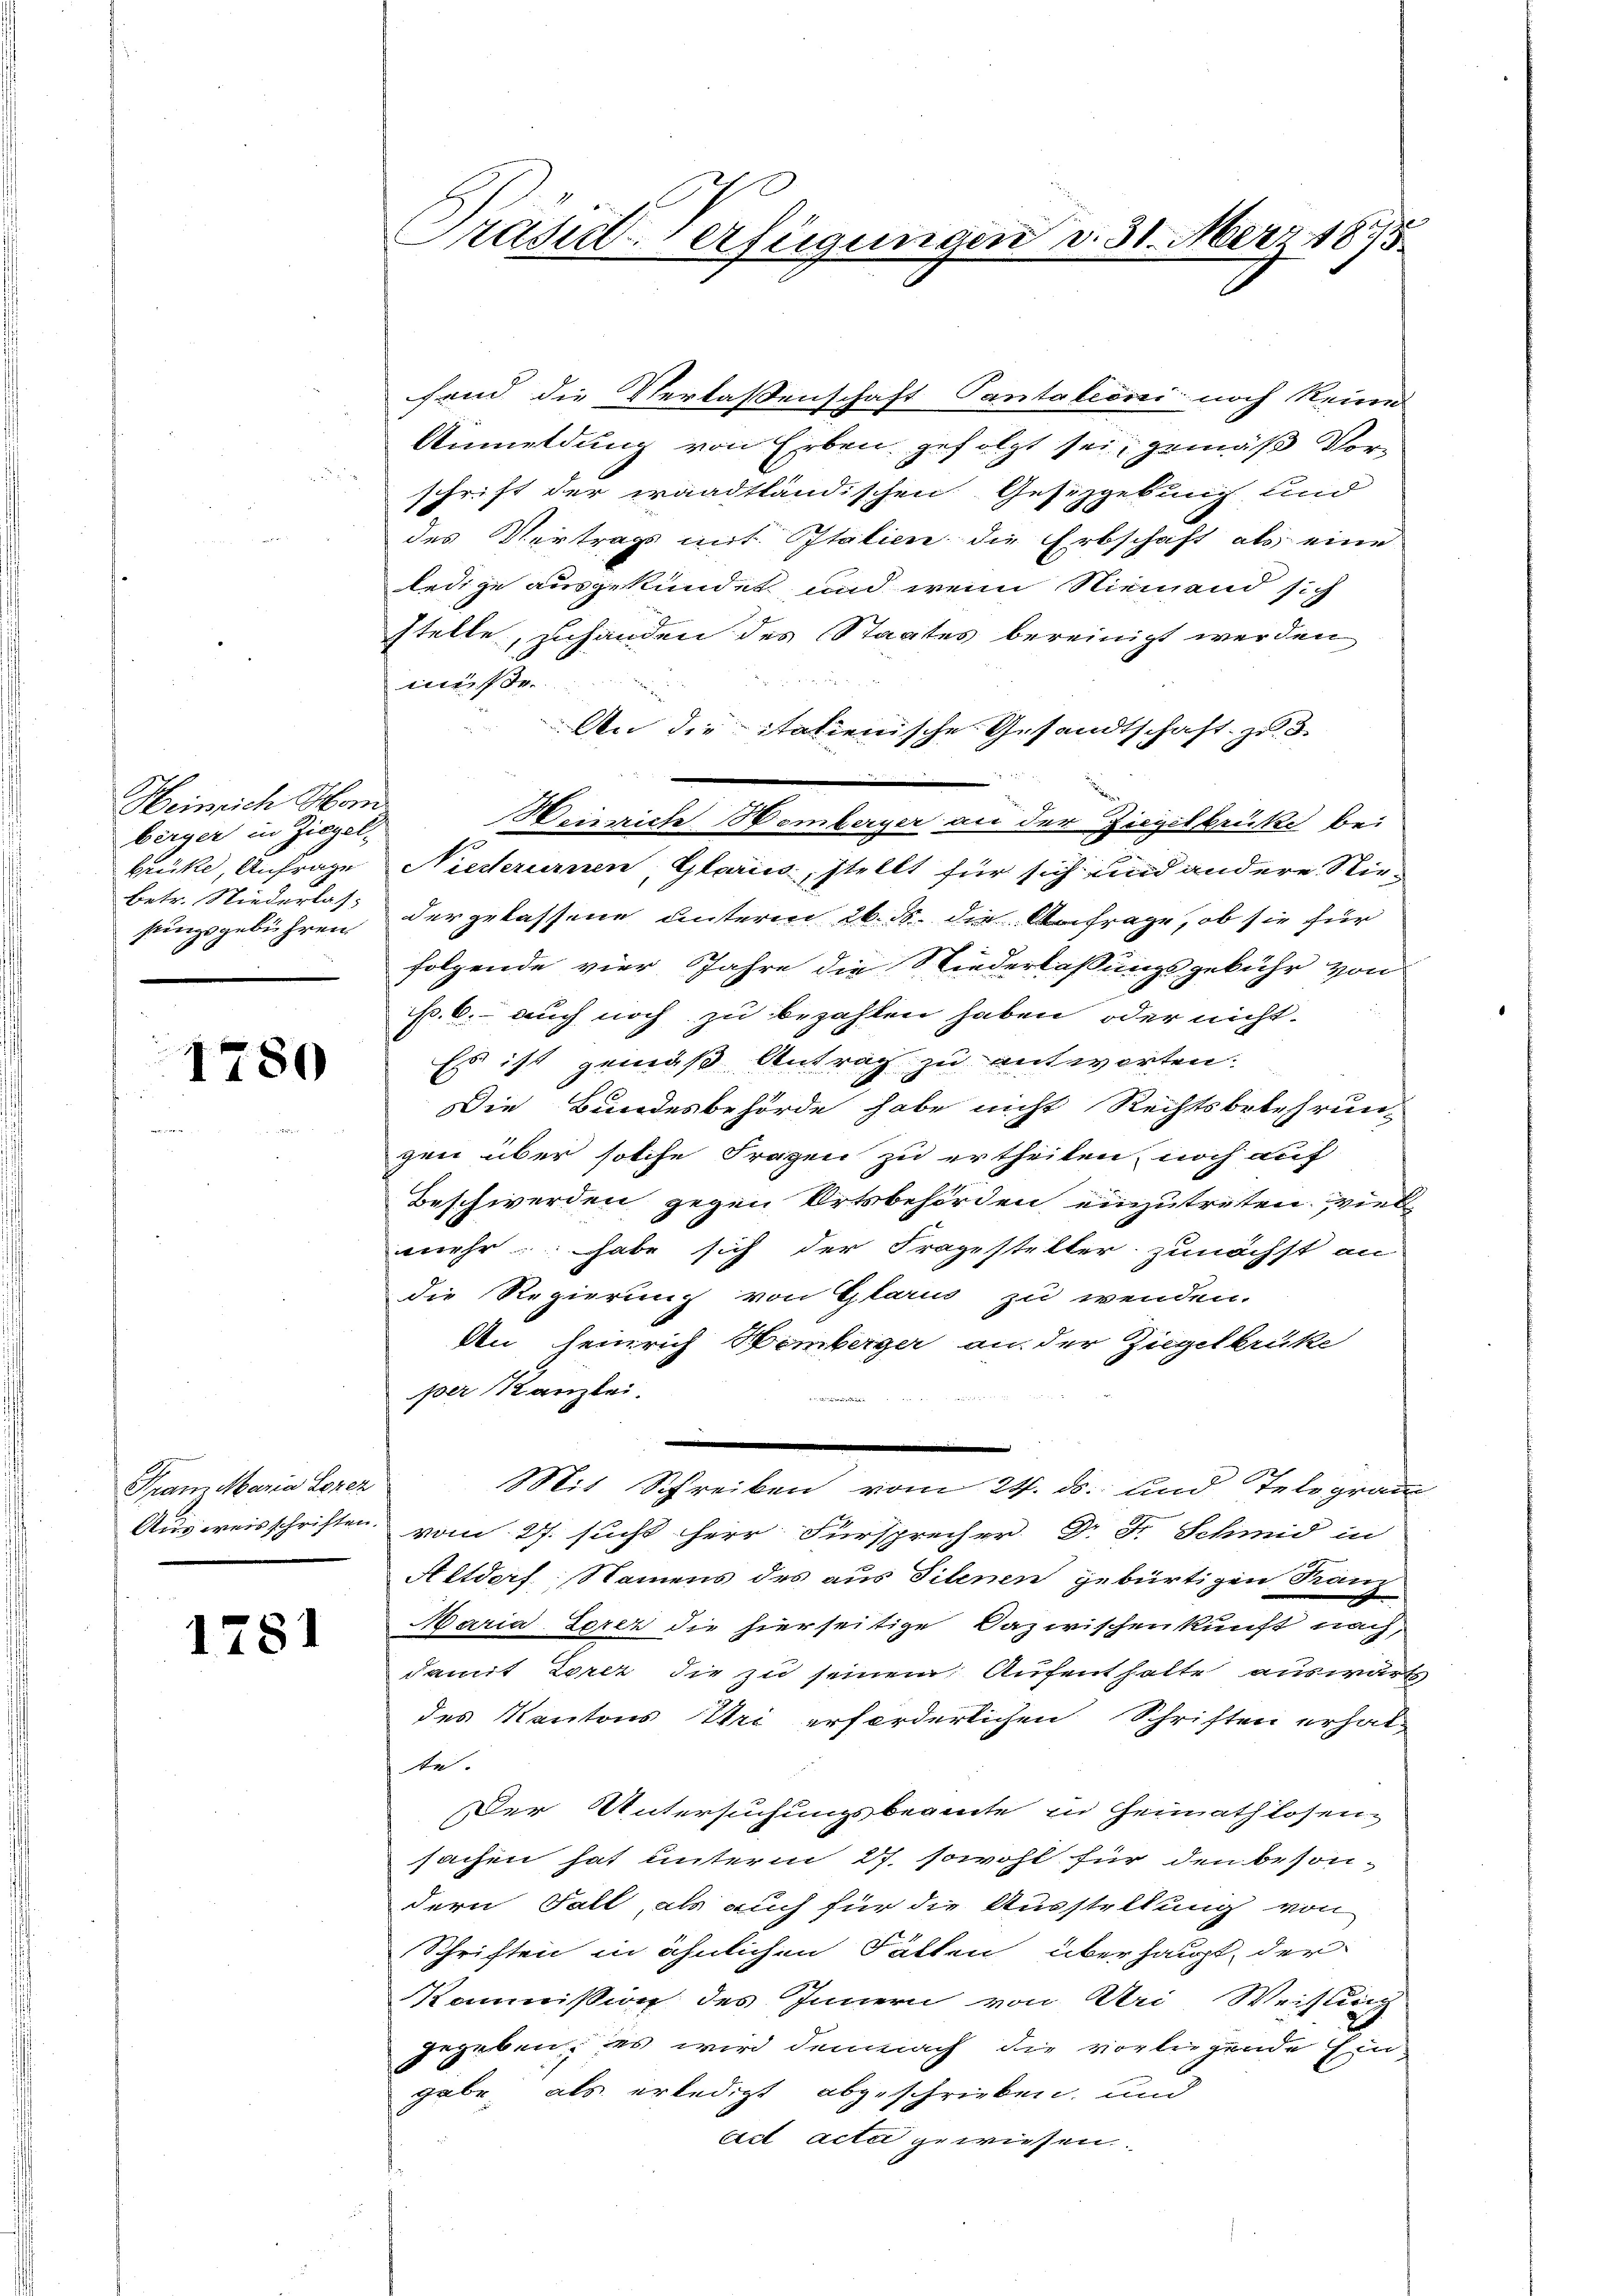
Heinrich Horn
berger in Ziegel,
betr. Niederlas¬

1780

Grandkaria Lozez

1781

fend die Verlassenschaft Pantalesii noch keine
Anmeldung von Erben gefolgt sei, gemäß Vorschrift der waadtländischen Gesetzgebung und
des Vertrags mit Italien die Erbschaft als eine
ledige ausgekündet, und wenn Niemand sich
stelle, zuhanden des Staates bereinigt werden
mfr.
An die italienische Gesandtschaft zu 3.

Wenriche Hemberger an der Ziegelbrücke bei
brücke, Anfrage Niederurnen, Glaruss, stellt für sich und andere Niesungsgebühren der gelassene unterm 26. ds. die Anfrage, ob sie für
folgende vier Jahre die Niederlaßungsgebühr von
s. 6. auch noch zu bezahlen haben, oder nicht.
Es ist gemäß Antrag zu antworten.
Die Bundesbehörde habe nicht Rechtsbekehrun-
gen über solche Fragen zu ertheilen, noch auf
Beschwerden gegen Ortsbehörden einzutreten, viel
mehr habe sich der Fragesteller zunächst an
die Regierung von Glarus zu wenden.
An Heinrich Hemberger an der Ziegelbrüke
per Kanzlei.
2
M. Schreiben vom 14. b. und die legen
Ausweisschriften vom 27. suchs Herr Fürsprecher Dr. Fr. Schmid in
Altdorf, Namens des aus Tilenen gebürtigen Kanz
Maria Lerer die hierseitige Dazwischenkunft nach,
damit Zerer die zu seinem Aufenthalte auswärt
des Kantons Uri erforderlichen Schriften erhal-
e.
Der Untersuchungsbeamte in Heimathlosen-
sachen hat unterm 27. sowohl für den besondern Fall, als auch für die Ausstellung von
Schriften in ähnlichen Sätten überhaupt, der
Kommission des Innern von Uri Weistung
gegeben, es wird demnach die vorliegende Eingabe, als erledigt abgeschrieben, und
Act acta gewiesen

Präsiderfügungen v. 31. März 1875.